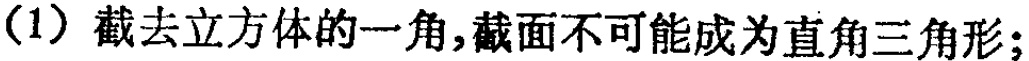
(1) 截去立方体的一角,截面不可能成为直角三角形;